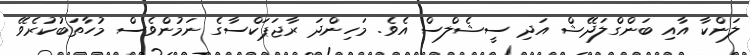
ލަންކާ އާއި ބަންގްލަދޭޝް އަދި ސީޝެލްސް އެވެ. މަހިންދަ ރާޖަޕަކްސާގެ ނަމުންވެސް މުހާތަބުކުރެވޭ